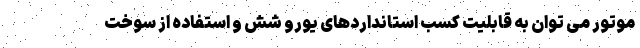
موتور می توان به قابلیت کسب استانداردهای یورو شش و استفاده از سوخت